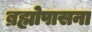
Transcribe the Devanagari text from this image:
ब्रह्मोपासना